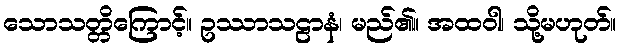
သောသတ္တိကြောင့်။ ဥဿာသဠာနံ၊ မည်၏။ အထဝါ၊ သို့မဟုတ်။